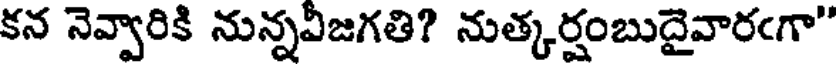
కన నెవ్వారికి నున్నవీజగతి? నుత్కర్షంబుదైవారఁగా"